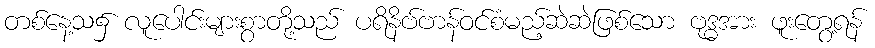
တစ်နေ့သ၌ လူပေါင်းများစွာတို့သည် ပရိနိဗ်ဗာန်ဝင်စံမည့်ဆဲဆဲဖြစ်သော ဗုဒ္ဓအား ဖူးတွေ့ရန်